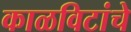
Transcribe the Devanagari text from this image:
काळविटांचे